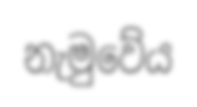
නැමුවේය